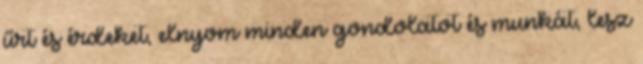
űrt és érdeket, elnyom minden gondolatot és munkát, lesz